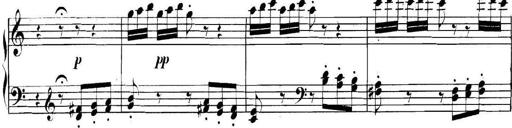
Title: Collected Piano Sonatas
Composer: Muzio Clementi